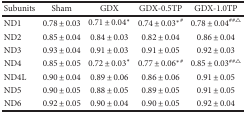
<table><thead><tr><td><b>Subunits</b></td><td><b>Sham</b></td><td><b>GDX</b></td><td><b>GDX-0.5TP</b></td><td><b>GDX-1.0TP</b></td></tr></thead><tbody><tr><td>ND1</td><td>0.78 ± 0.03</td><td>0.71 ± 0.04<sup>∗</sup></td><td>0.74 ± 0.03<sup>∗</sup><sup>#</sup></td><td>0.78 ± 0.04<sup>##△</sup></td></tr><tr><td>ND2</td><td>0.85 ± 0.04</td><td>0.84 ± 0.03</td><td>0.82 ± 0.04</td><td>0.86 ± 0.04</td></tr><tr><td>ND3</td><td>0.93 ± 0.04</td><td>0.91 ± 0.03</td><td>0.91 ± 0.05</td><td>0.92 ± 0.03</td></tr><tr><td>ND4</td><td>0.85 ± 0.05</td><td>0.72 ± 0.03<sup>∗</sup></td><td>0.77 ± 0.06<sup>∗</sup><sup>#</sup></td><td>0.85 ± 0.03<sup>##△</sup></td></tr><tr><td>ND4L</td><td>0.90 ± 0.04</td><td>0.89 ± 0.06</td><td>0.86 ± 0.06</td><td>0.91 ± 0.05</td></tr><tr><td>ND5</td><td>0.90 ± 0.05</td><td>0.88 ± 0.05</td><td>0.89 ± 0.05</td><td>0.91 ± 0.05</td></tr><tr><td>ND6</td><td>0.92 ± 0.05</td><td>0.90 ± 0.04</td><td>0.90 ± 0.05</td><td>0.92 ± 0.04</td></tr></tbody></table>